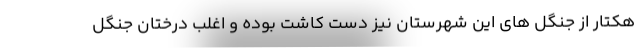
هکتار از جنگل های این شهرستان نیز دست کاشت بوده و اغلب درختان جنگل